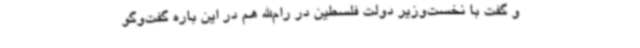
و گفت با نخست‌وزیر دولت فلسطین در رام‌الله هم در این باره گفت‌وگو